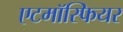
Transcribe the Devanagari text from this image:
एटमॉस्फियर